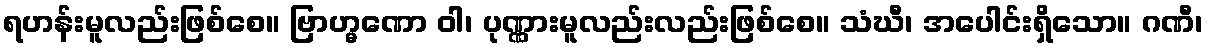
ရဟန်းမူလည်းဖြစ်စေ။ ဗြာဟ္မဏော ဝါ၊ ပုဏ္ဏားမူလည်းလည်းဖြစ်စေ။ သံဃီ၊ အပေါင်းရှိသော။ ဂဏီ၊